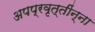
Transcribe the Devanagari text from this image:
अपप्रवृत्तींन्ना